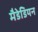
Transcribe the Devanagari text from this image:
मैडेडियन